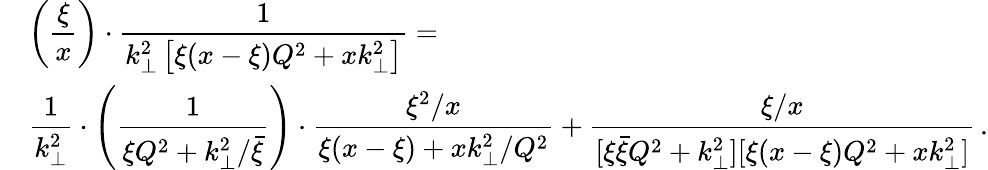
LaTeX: \begin{array}{rl}{{}}&{{\displaystyle\left({\frac{\xi}{x}}\right)\cdot{\frac{1}{{k_{\perp}^{2}}\left[\xi(x-\xi)Q^{2}+xk_{\perp}^{2}\right]}}=}}\\ {{}}&{{\displaystyle{\frac{1}{k_{\perp}^{2}}}\cdot\left({\frac{1}{\xi Q^{2}+k_{\perp}^{2}/\bar{\xi}}}\right)\cdot{\frac{\xi^{2}/x}{\xi(x-\xi)+xk_{\perp}^{2}/Q^{2}}}+{\frac{\xi/x}{[\xi\bar{\xi}Q^{2}+k_{\perp}^{2}][\xi(x-\xi)Q^{2}+xk_{\perp}^{2}]}}\, .}}\end{array}